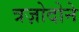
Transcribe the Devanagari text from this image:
त्रज़ोदोने